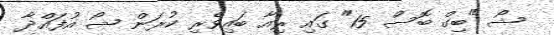
ޝޯ "ބިގް ބޮސް 15" ގައި ރިއާ ބައިވެރި ކުރަން ޝޯ އުފައްދާ